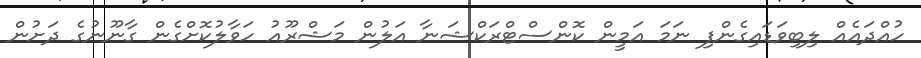
ހުއްދައެއް ލިބިވަޑައިގެންފި ނަމަ އަމީން ކޮންސްޓްރަކްޝަނާ އަލުން މަޝްރޫއު ހަވާލުކޮށްގެން ގާނޫނުގެ ދަށުން